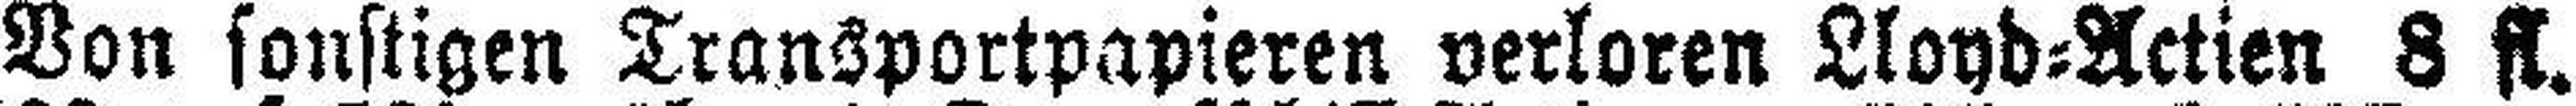
Von sonstigen Transportpapieren verloren Lloyd=Actien 8 fl.